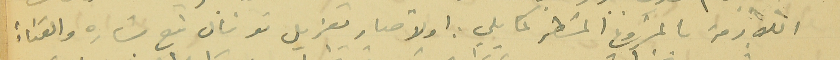
اللازمة بالمشروع المسَطر كما يلي. اولا صار تعزيل تونال نبع بشاره والقناة